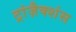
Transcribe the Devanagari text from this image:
ट्रांज़ैक्शंस